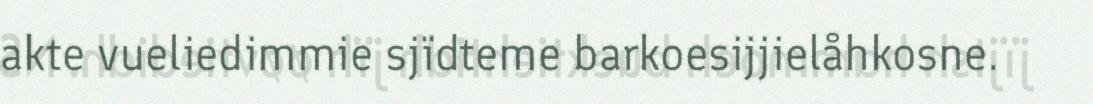
akte vueliedimmie sjïdteme barkoesijjielåhkosne.